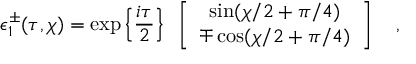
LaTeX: \epsilon _ { 1 } ^ { \pm } ( \tau , \chi ) = \exp \left\{ { \frac { i \tau } { 2 } } \right\} ~ \left[ \begin{array} { c } { { \sin ( \chi / 2 + \pi / 4 ) } } \\ { { \mp \cos ( \chi / 2 + \pi / 4 ) } } \end{array} \right] ~ ~ ~ ,